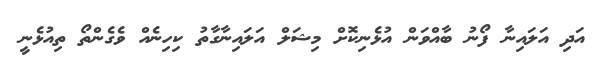
އަދި އަލައިނާ ފޯނު ބާއްވަން އުޅެނިކޮށް މިޝަލް އަލައިނާގާތު ކިހިނެއް ވެގެންތޯ ތިއުޅެނީ